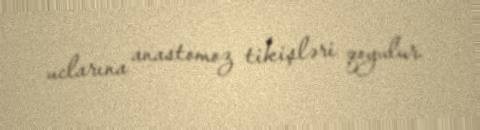
uclarına anastomoz tikişləri qoyulur.